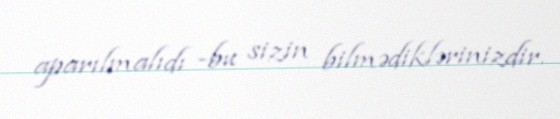
aparılmalıdı -bu sizin bilmədiklərinizdir.